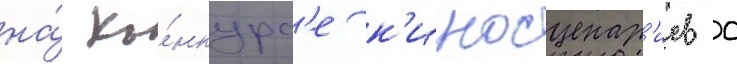
на́ ко́нкурс'е к'иносценар'иев с